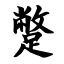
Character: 蹩